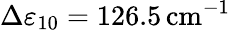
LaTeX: \Delta\varepsilon_{10}=126.5\, \mathrm{cm}^{-1}